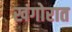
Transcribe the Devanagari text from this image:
खंगोरात